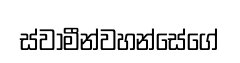
ස්වාමීන්වහන්සේගේ